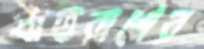
প্রাতরাশের